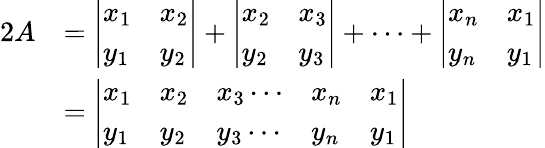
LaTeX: {\begin{array}{rl}{2A}&{={\left|\begin{array}{ll}{x_{1}}&{x_{2}}\\ {y_{1}}&{y_{2}}\end{array}\right|}+{\left|\begin{array}{ll}{x_{2}}&{x_{3}}\\ {y_{2}}&{y_{3}}\end{array}\right|}+\cdots+{\left|\begin{array}{ll}{x_{n}}&{x_{1}}\\ {y_{n}}&{y_{1}}\end{array}\right|}}\\ &{={\left|\begin{array}{lllll}{x_{1}}&{x_{2}}&{x_{3}\cdots}&{x_{n}}&{x_{1}}\\ {y_{1}}&{y_{2}}&{y_{3}\cdots}&{y_{n}}&{y_{1}}\end{array}\right|}}\end{array}}